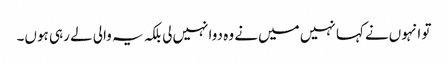
تو انہوں‌نے کہا نہیں میں‌نے وہ دوا نہیں‌لی بلکہ یہ والی لے رہی ہوں۔